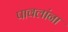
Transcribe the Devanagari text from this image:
पावलांना